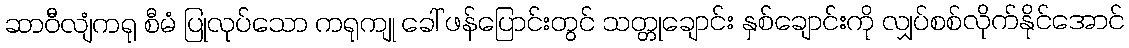
ဆာဝီလျံကရု စီမံ ပြုလုပ်သော ကရုကျု ခေါ် ဖန်ပြောင်းတွင် သတ္တုချောင်း နှစ်ချောင်းကို လျှပ်စစ်လိုက်နိုင်အောင်